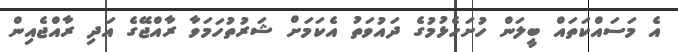
އެ މަސައްކަތައް ބީލަން ހުށަހެޅުމުގެ ދައުވަތު އެކަމަށް ޝަރުތުހަމަވާ ރާއްޖޭގެ އަދި ރާއްޖެއިން